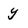
Character: y